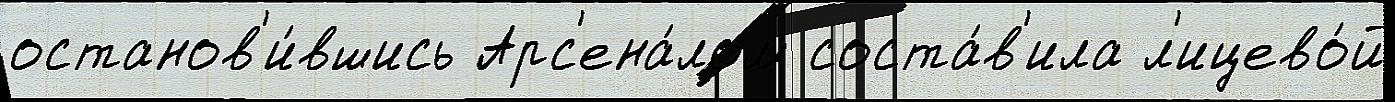
останов'и́вшись Арс'ена́лом соста́в'ила л'ицево́й